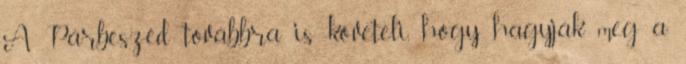
A Párbeszéd továbbra is követeli, hogy hagyják meg a